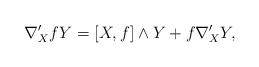
LaTeX: \begin{align*}\nabla'_Xf Y=[X,f]\wedge Y+f\nabla'_X Y,\end{align*}